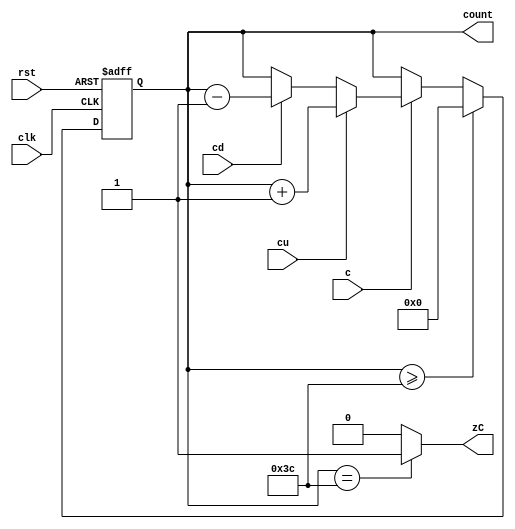
`timescale 1ms / 1ns

module counterUpDown
	#(parameter BITS = 6,
		parameter MAX_VAL = 60) (
    input clk, c, cu, cd, rst,
    output zC,
    output reg [BITS-1:0] count
    );
    
    assign zC = (count == MAX_VAL) ? 1'b1 : 1'b0;
    
    always @(posedge clk, posedge rst)
        if(rst) count <= 0;
        else begin
            if(count >= MAX_VAL) count = 0;
            else if(c) begin
              if(cu) count = count + 1;
              else if(cd) count = count - 1;
            end
        end
endmodule

/*
module counterUpDown
	#(parameter BITS = 6,
		parameter MAX_VAL = 60) (
    input cu, cd, rst,
    output zC,
    output reg [BITS-1:0] count
    );
    
    assign zC = (count == MAX_VAL) ? 1'b1 : 1'b0;
    
    always @(*)
        if(rst) count <= 0;
        else if(cu) begin
          count = count + 1;
          if (count == MAX_VAL) count = 0;
        end
        else if(cd) begin
          count = count - 1;
          if (count == 0) count = MAX_VAL - 1;
        end
endmodule
*/